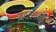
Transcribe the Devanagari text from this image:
बदलावरून